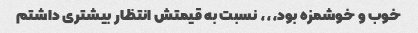
خوب و خوشمزه بود،،، نسبت به قیمتش انتظار بیشتری داشتم